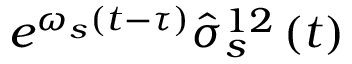
e ^ { \omega _ { s } \left( t - \tau \right) } \hat { \sigma } _ { s } ^ { 1 2 } \left( t \right)